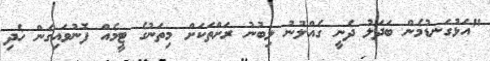
"އަޅުގަނޑުމެން ބަދަލު ދެނީ ގެއްލުނު ލިބުނު ރަށްތަކަށް މިތަނުގެ ޓީމެއް ފޮނުވައިގެން ހެދި